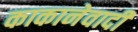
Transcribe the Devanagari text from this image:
काकानेवादी